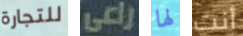
للتجارة راعي لها أنت